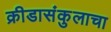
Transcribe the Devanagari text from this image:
क्रीडासंकुलाचा